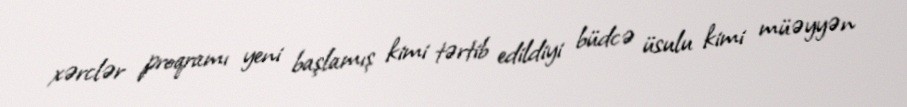
xərclər proqramı yeni başlamış kimi tərtib edildiyi büdcə üsulu kimi müəyyən